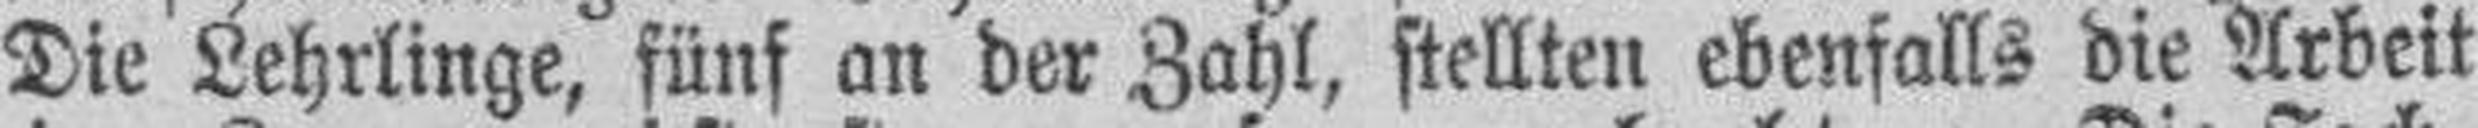
Die Lehrlinge, fünf an der Zahl, stellten ebenfalls die Arbeit